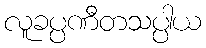
လူခပ္ပဏီတသပ္ပါယ